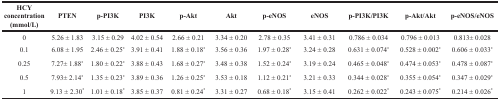
| HCY concentration (mmol/L) | PTEN | p-PI3K | PI3K | p-Akt | Akt | p-eNOS | eNOS | p-PI3K/PI3K | p-Akt/Akt | p-eNOS/eNOS |
 | --- | --- | --- | --- | --- | --- | --- | --- | --- | --- | --- |
 | 0 | 5.26 ± 1.83 | 3.15 ± 0.29 | 4.02 ± 0.54 | 2.66 ± 0.21 | 3.34 ± 0.20 | 2.78 ± 0.35 | 3.41 ± 0.31 | 0.786 ± 0.034 | 0.796 ± 0.013 | 0.813± 0.028 |
 | 0.1 | 6.08 ± 1.95 | 2.46 ± 0.25* | 3.91 ± 0.41 | 1.88 ± 0.18* | 3.56 ± 0.36 | 1.97 ± 0.28* | 3.24 ± 0.28 | 0.631 ± 0.074* | 0.528 ± 0.002* | 0.606 ± 0.033* |
 | 0.25 | 7.27± 1.88* | 1.80 ± 0.22* | 3.88 ± 0.43 | 1.68 ± 0.27* | 3.48 ± 0.38 | 1.52 ± 0.24* | 3.19 ± 0.24 | 0.465 ± 0.048* | 0.474 ± 0.053* | 0.478 ± 0.087* |
 | 0.5 | 7.93± 2.14* | 1.35 ± 0.23* | 3.89 ± 0.36 | 1.26 ± 0.25* | 3.53 ± 0.18 | 1.12 ± 0.21* | 3.21 ± 0.33 | 0.344 ± 0.028* | 0.355 ± 0.054* | 0.347 ± 0.029* |
 | 1 | 9.13 ± 2.30* | 1.01 ± 0.18* | 3.85 ± 0.37 | 0.81 ± 0.24* | 3.31 ± 0.27 | 0.68 ± 0.18* | 3.15 ± 0.41 | 0.262 ± 0.022* | 0.243 ± 0.075* | 0.214 ± 0.026* |